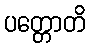
ပတ္တောတိ